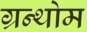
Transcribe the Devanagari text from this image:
ग्रन्थोम